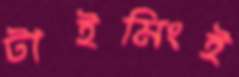
টাইমিংই